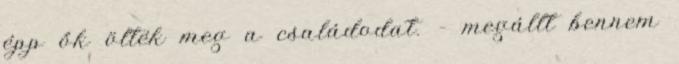
épp ők ölték meg a családodat. – megállt bennem